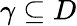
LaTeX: \gamma\subseteq D